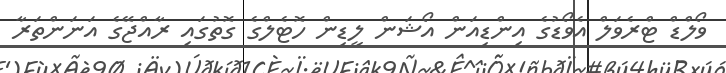
ވޯލްޑް ޓްރެވަލް އެވޯޑުގެ އިންޑިއަން އޯޝަން ލީޑިން ހޮޓެލްގެ ގޮތުގައި ރާއްޖޭގެ އަނަންތަރާ